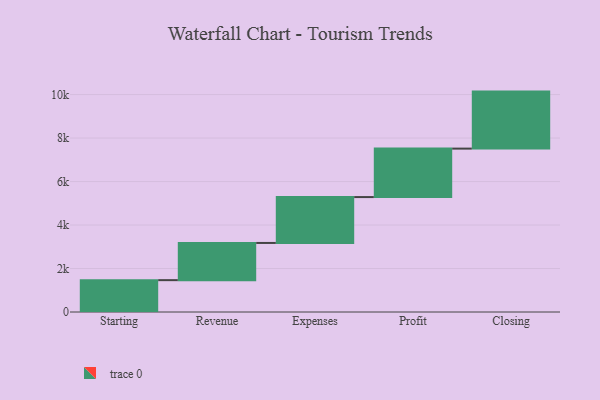
{"axis": {"x": "Step", "y": "Value"}, "legend": [""], "data": [{"x": "Starting", "y": 1465.0, "type": ""}, {"x": "Revenue", "y": 1711.0, "type": ""}, {"x": "Expenses", "y": 2110.0, "type": ""}, {"x": "Profit", "y": 2229.0, "type": ""}, {"x": "Closing", "y": 2622.0, "type": ""}]}